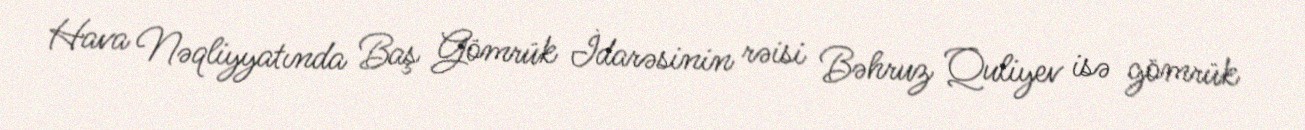
Hava Nəqliyyatında Baş Gömrük İdarəsinin rəisi Bəhruz Quliyev isə gömrük